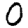
Digit: 0